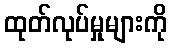
ထုတ်လုပ်မှုများကို